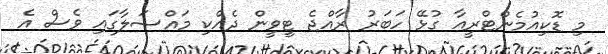
މި ޑޮކިއުމެންޓްރީއާ ގުޅޭ ހަބަރު ރާއްޖެ ޓީވީން ދެއްކި މައްސަލާގައި ވެސް އެ